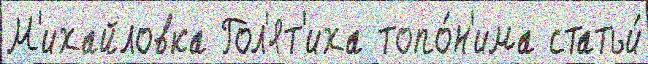
М'ихайловка Гол'ят'иха топо́н'има статьи́